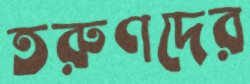
তরুণদের